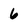
Character: 6